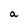
Character: a